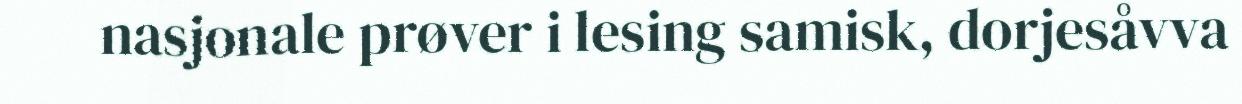
nasjonale prøver i lesing samisk, dorjesåvva